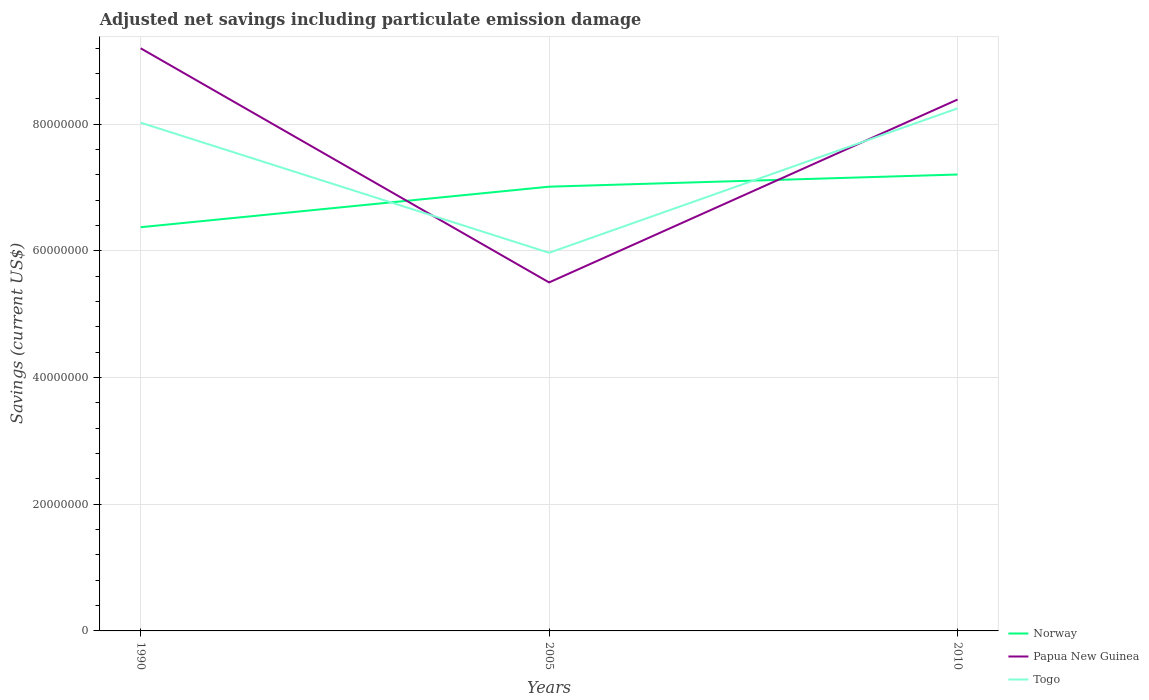
| Years | Norway | Papua New Guinea | Togo |
 | --- | --- | --- | --- |
 | 1990 | 6.37e+07 | 9.2e+07 | 8.02e+07 |
 | 2005 | 7.01e+07 | 5.5e+07 | 5.97e+07 |
 | 2010 | 7.21e+07 | 8.39e+07 | 8.25e+07 |